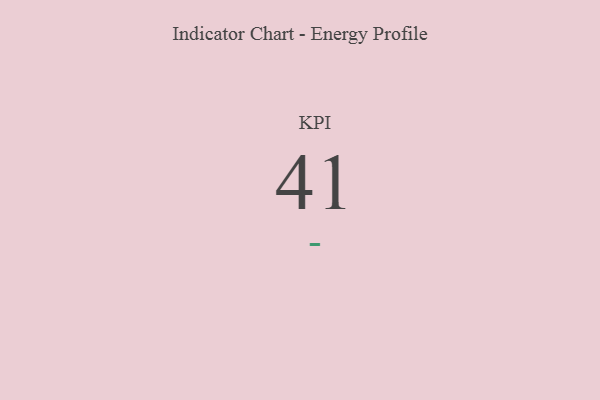
{"axis": {"x": "KPI", "y": "Value"}, "legend": [""], "data": [{"x": "KPI", "y": 41, "type": ""}]}